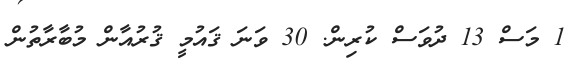
1 މަސް 13 ދުވަސް ކުރިން. 30 ވަނަ ޤައުމީ ޤުރުއާން މުބާރާތުން